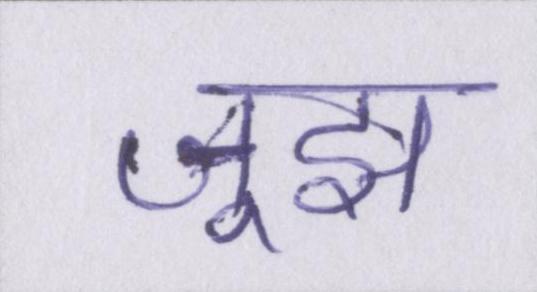
जूझ